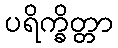
ပရိက္ခိတ္တာ